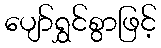
ပျော်ရွှင်စွာဖြင့်